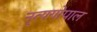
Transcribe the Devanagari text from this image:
नृत्यगोपाल